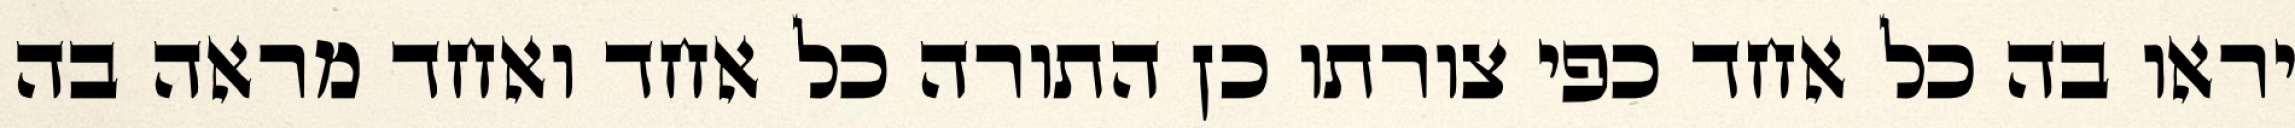
יראו בה כל אחד כפי צורתו כן התורה כל אחד ואחד מראה בה